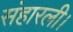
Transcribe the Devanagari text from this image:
संहारली।